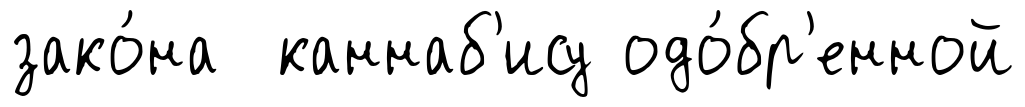
зако́на каннаб'ису одо́бр'енной